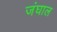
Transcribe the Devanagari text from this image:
जंघाल